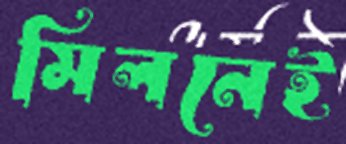
মিলনেই